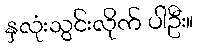
နှလုံးသွင်းလိုက် ပါဦး။